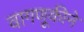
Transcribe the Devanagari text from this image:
वागणूकीने